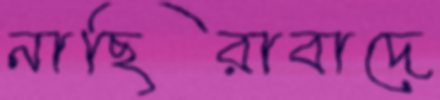
নাছিরাবাদে